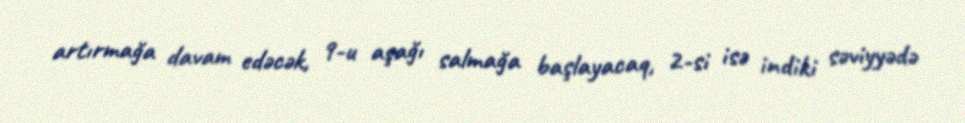
artırmağa davam edəcək, 9-u aşağı salmağa başlayacaq, 2-si isə indiki səviyyədə